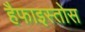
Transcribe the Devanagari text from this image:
हैफाइस्तोस